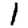
Digit: 1